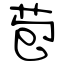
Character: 苞